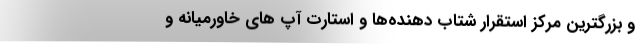
و بزرگترین مرکز استقرار شتاب دهنده‌ها و استارت آپ های خاورمیانه و